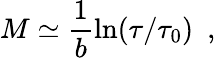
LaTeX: M\simeq\frac{1}{b}\ln(\tau/\tau_{0})\, \, \, ,